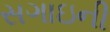
સગાઇની